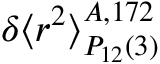
\delta \langle r ^ { 2 } \rangle _ { P _ { 1 2 } ( 3 ) } ^ { A , 1 7 2 }